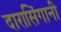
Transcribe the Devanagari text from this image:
दारासिंगानी